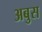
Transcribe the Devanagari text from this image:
अबुस